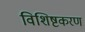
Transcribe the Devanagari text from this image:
विशिष्टकरण